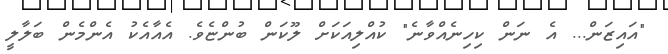
"އައިޒަން... އެ ނަން ކިހިނެއްވާނެ" ކުއްލިއަކަށް ލޫކަން ބުންޏެވެ. އެއާއެކު އެންމެން ބަލާލީ